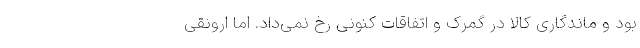
بود و ماندگاری کالا در گمرک و اتفاقات کنونی رخ نمی‌داد. اما ارونقی